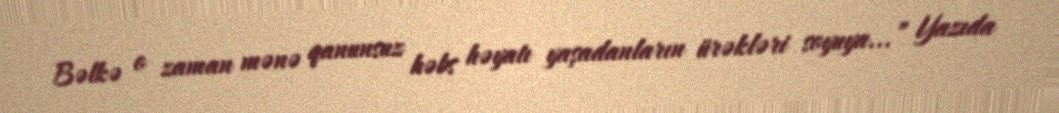
Bəlkə o zaman mənə qanunsuz həbs həyatı yaşadanların ürəkləri soyuya...” Yazıda